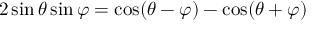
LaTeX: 2 \sin \theta \sin \varphi = { \cos ( \theta - \varphi ) - \cos ( \theta + \varphi ) }